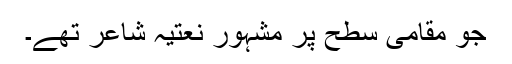
جو مقامی سطح پر مشہور نعتیہ شاعر تھے۔